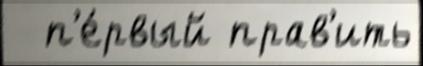
  п'е́рвый прав'ить